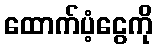
ထောက်ပံ့ငွေကို